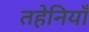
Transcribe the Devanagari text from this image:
तहेनियाँ